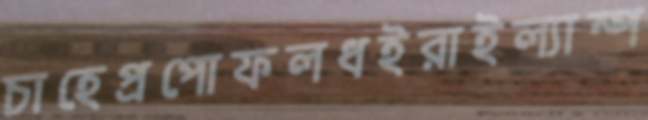
চাহেপ্রপোফলধইরাইল্যাম্প